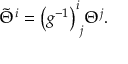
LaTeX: { \tilde { \Theta } } ^ { i } = { \left( g ^ { - 1 } \right) ^ { i } } _ { j } \Theta ^ { j } .